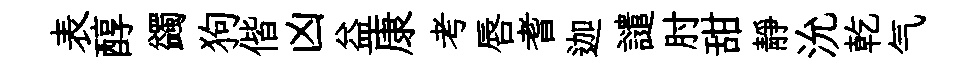
表醇蠲狗偕凶益康考唇耆迦譴肘甜靜沇乾气